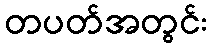
တပတ်အတွင်း